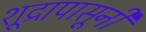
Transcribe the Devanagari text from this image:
शूद्रापासूनी